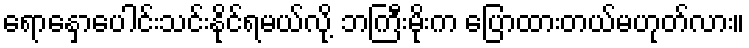
ရောနှောပေါင်းသင်းနိုင်ရမယ်လို့ ဘကြီးမိုးက ပြောထားတယ်မဟုတ်လား။